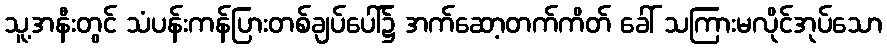
သူ့အနီးတွင် သံပန်းကန်ပြားတစ်ချပ်ပေါ်၌ အက်ဆော့တက်ကိတ် ခေါ် သကြားမလိုင်အုပ်သော